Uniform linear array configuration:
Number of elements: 8
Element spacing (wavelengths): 0.5
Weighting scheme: exponential
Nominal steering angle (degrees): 15
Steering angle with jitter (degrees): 15.585
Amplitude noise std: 0.05
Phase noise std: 0.05

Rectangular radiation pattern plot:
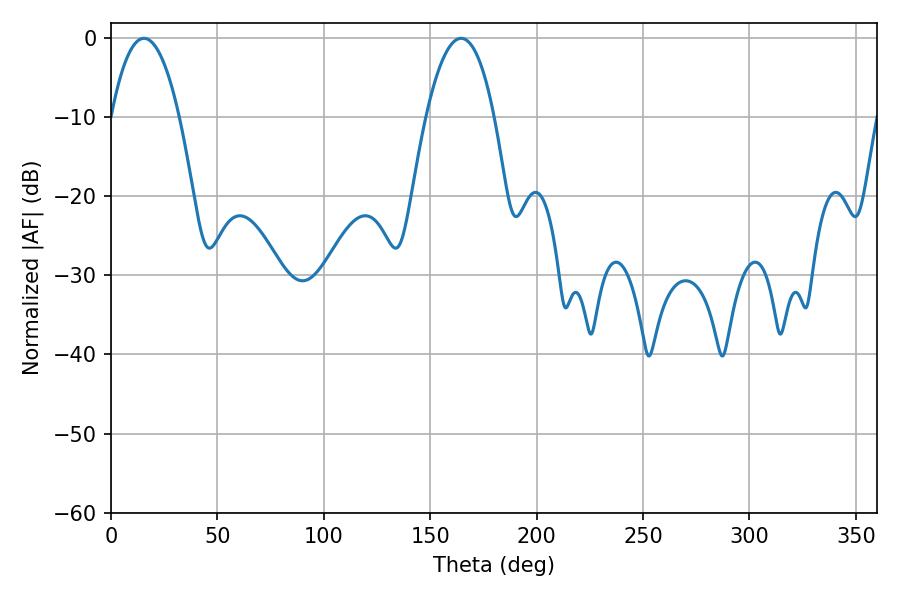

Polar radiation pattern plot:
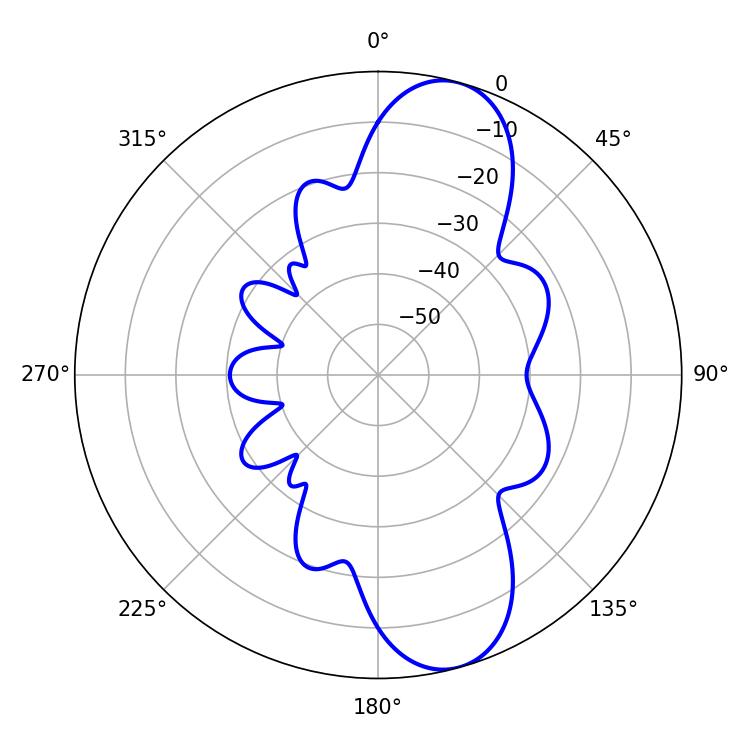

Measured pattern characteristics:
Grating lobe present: FALSE
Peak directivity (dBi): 10.438
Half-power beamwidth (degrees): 17.64
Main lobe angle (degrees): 15.48